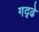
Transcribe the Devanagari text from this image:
गद्ढे